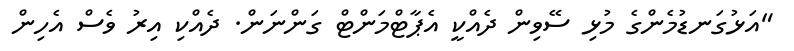
"އަޅުގަނޑުމެންގެ މުޅި ސޭވިން ދެއްކީ އެޕާޓްމަންޓް ގަންނަން. ދެއްކި އިރު ވެސް އެހިން